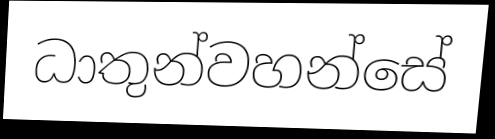
ධාතුන්වහන්සේ